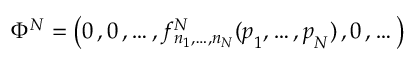
\Phi ^ { N } = \bigl ( 0 \, , 0 \, , \dots , f _ { n _ { 1 } , \dots , n _ { N } } ^ { N } ( \boldsymbol { p } _ { 1 } , \dots , \boldsymbol { p } _ { N } ) \, , 0 \, , \dots \bigr )